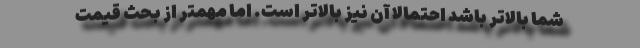
شما بالاتر باشد احتمالاً آن نیز بالاتر است. اما مهمتر از بحث قیمت